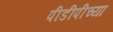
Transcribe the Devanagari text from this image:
पीडीपीच्या